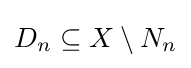
D_{n}\subseteq X\setminus N_{n}